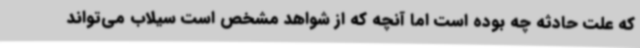
که علت حادثه چه بوده است اما آنچه که از شواهد مشخص است سیلاب می‌تواند